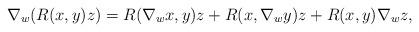
LaTeX: \begin{align*} \nabla_w(R(x,y)z)= R( \nabla_wx,y)z + R(x,\nabla_wy)z+R(x,y)\nabla_wz,\end{align*}